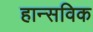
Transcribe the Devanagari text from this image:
हान्सविक